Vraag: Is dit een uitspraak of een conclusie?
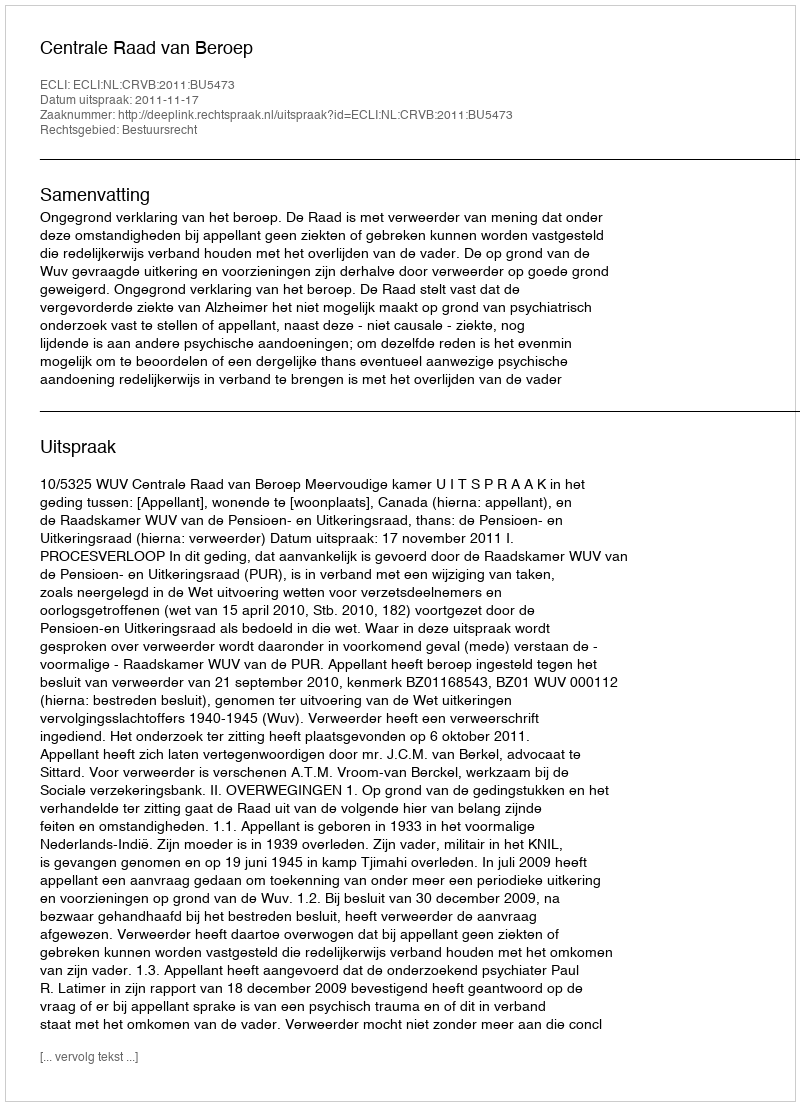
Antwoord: Uitspraak